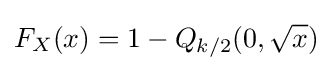
F_{X}(x)=1-Q_{k/2}(0,{\sqrt {x}})